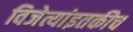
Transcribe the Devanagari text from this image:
विजेत्यांइतकीच